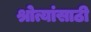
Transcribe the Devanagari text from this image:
श्रोत्यांसाठी